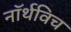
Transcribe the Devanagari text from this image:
नॉर्थविच